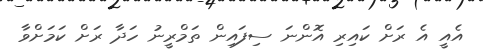
އެއީ އެ ރަށް ކައިރި އޮންނަ ސިފައިން ތަމްރީނު ހަދާ ރަށް ކަމަށްވާ